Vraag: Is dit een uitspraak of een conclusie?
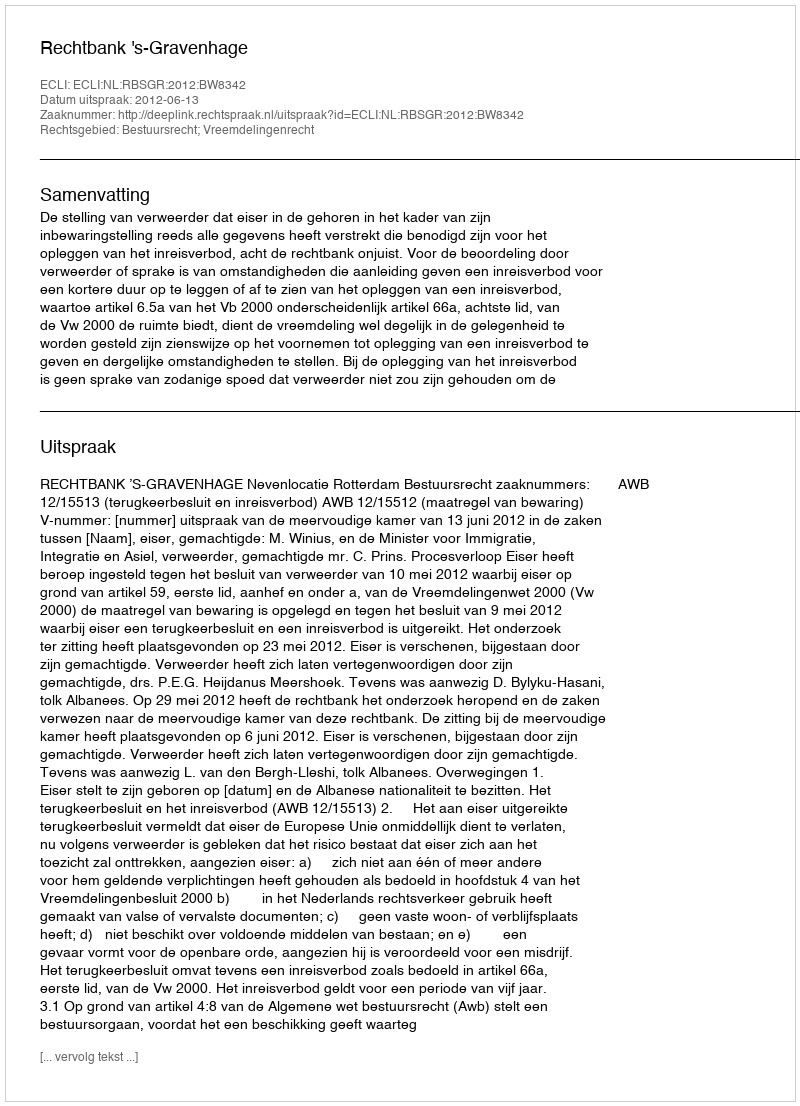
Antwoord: Uitspraak